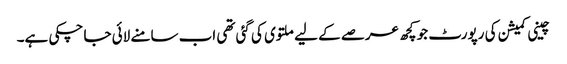
چینی کمیشن کی رپورٹ جو کچھ عرصے کے لیے ملتوی کی گئی تھی اب سامنے لائی جا چکی ہے۔